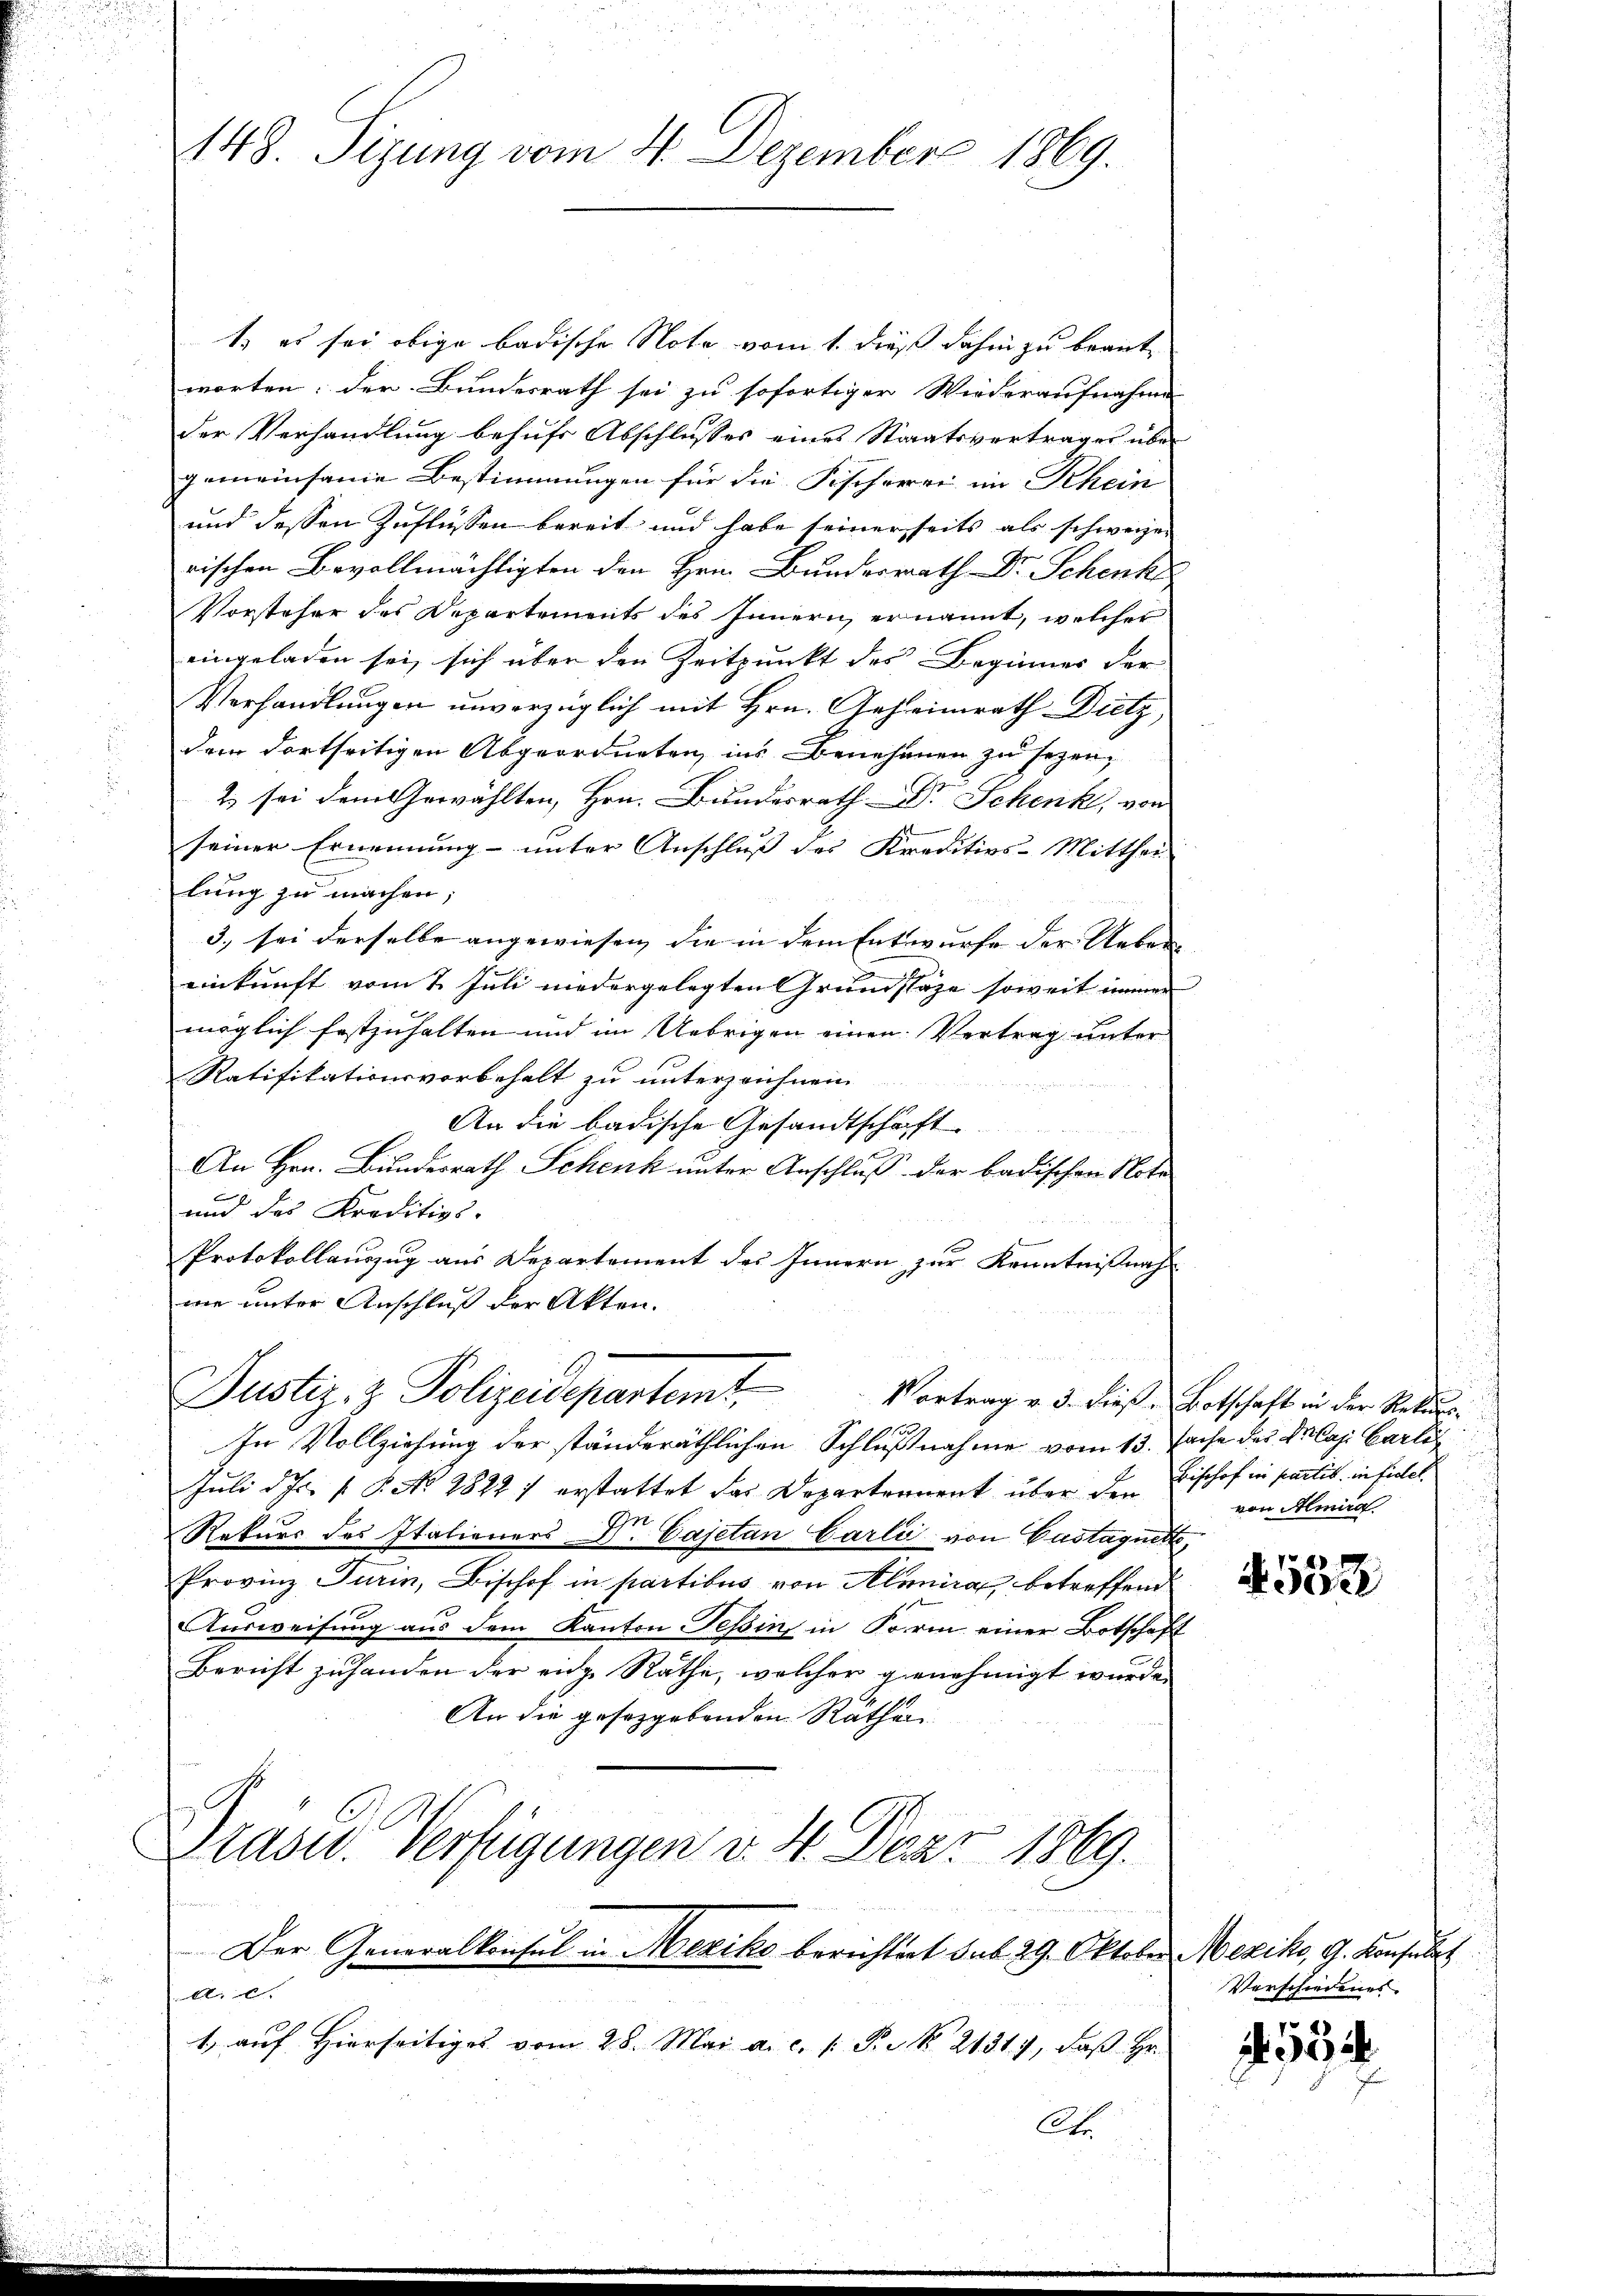
148. Sizung vom 4. Dezember 1869.

1.) es sei obige badische Note vom 1. dieß dahin zu beantworten: der Bundesrath sei zu sofortiger Wiederaufnahme
der Verhandlung behufs Abschlusses eines Staatsvertrages über
gemeinsame Bestimmungen für die Fischerei im Rhein
und dessen Zuflüssen bereit und habe seinerseits als schweizen
rischen Bevollmächtigten den Hrn. Bunderrath Dr. Schenk
Vorsteher des Departements des Innern ernannt, welcher
eingeladen sei, sich über den Zeitpunkt des Beginner der
Verhandlungen unverzüglich mit Hrn. Geheimrath Dietz,
dem dortseitigen Abgeordneten, ins Benehmen zu sezen,
2 sei dem Gewählten, Hrn. Bundesrath Dr. Schenk, von
seiner Ernennung unter Anschluss des Kreditivs-Mitthei
lung zu machen;
3. sei derselbe angewiesen, die in dem Entwurfe der Ueber
einkunft vom 7. Juli niedergelegten Grundstage soweit immer
möglich festzuhalten und im Uebrigen einen Vertrag unter
Ratifikationsvorbehalt zu unterzeichnen.

An die badische Gesandtschaft
An Hrn. Bundesrath Schenk unter Anschluß der badischen Note
f
und des Kreditiv.
Protokollauszug aus Departement des Innern zur Kenntnißnah
me unter Anschluß der Akten.

Justiz- & Polizeidepartemt

In Vollziehung der ständeräthlichen Schlußnahme vom 13. Jasse des Plaz Carli
Juli d. Js. f. P. No 28221 erstattet das Departeament über den Bischof in pactis in fiel
Rekurs des Italieners Dr. Cajetan Carli von Gastaquett,
Provinz Turin, Bischof in partibus von Alemira, betreffend
Ausweisung aus dem Kanton Teßin in Form einer Botschaft
Bericht zuhanden der enge Rathe, welcher genehmigt wurde.
An die gesezgebenden Räthen
Präses Verfügungen v. 4. Dez. 1889.
Der Generalkonsul in Mexiko berichtert sub 29. Oktober Mezik, G. Konsulat
r
1. aŭf hierseitiges vom 28. Mai a. c. l. P. Nr. 21319, daβ Hr.

Ab

Vortrag v. 3. dieß, Botschaft in der Rekursvon Almird.

4532

Verschiedenes